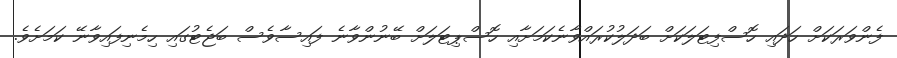
ފެންވަރަކަށް ހަދައި ހޮސްފިޓަލަކަށް ބަދަލުކުރައްވާނެކަމަށާއި ހޮސްޕިޓަލަށް ބޭނުންވާނެ ފައިސާވެސް ބަޖެޓުގައި ހިމެނިފައިވާނޭ ކަމަށެވެ.